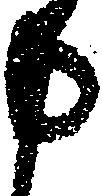
申